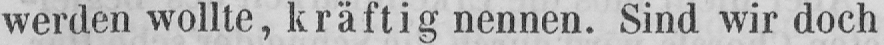
werden wollte, kräftig nennen. Sind wir doch